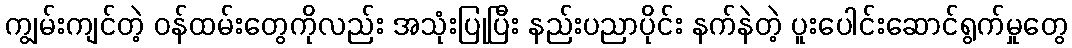
ကျွမ်းကျင်တဲ့ ဝန်ထမ်းတွေကိုလည်း အသုံးပြုပြီး နည်းပညာပိုင်း နက်နဲတဲ့ ပူးပေါင်းဆောင်ရွက်မှုတွေ